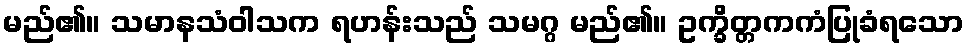
မည်၏။ သမာနသံဝါသက ရဟန်းသည် သမဂ္ဂ မည်၏။ ဥက္ခိတ္တကကံပြုခံရသော